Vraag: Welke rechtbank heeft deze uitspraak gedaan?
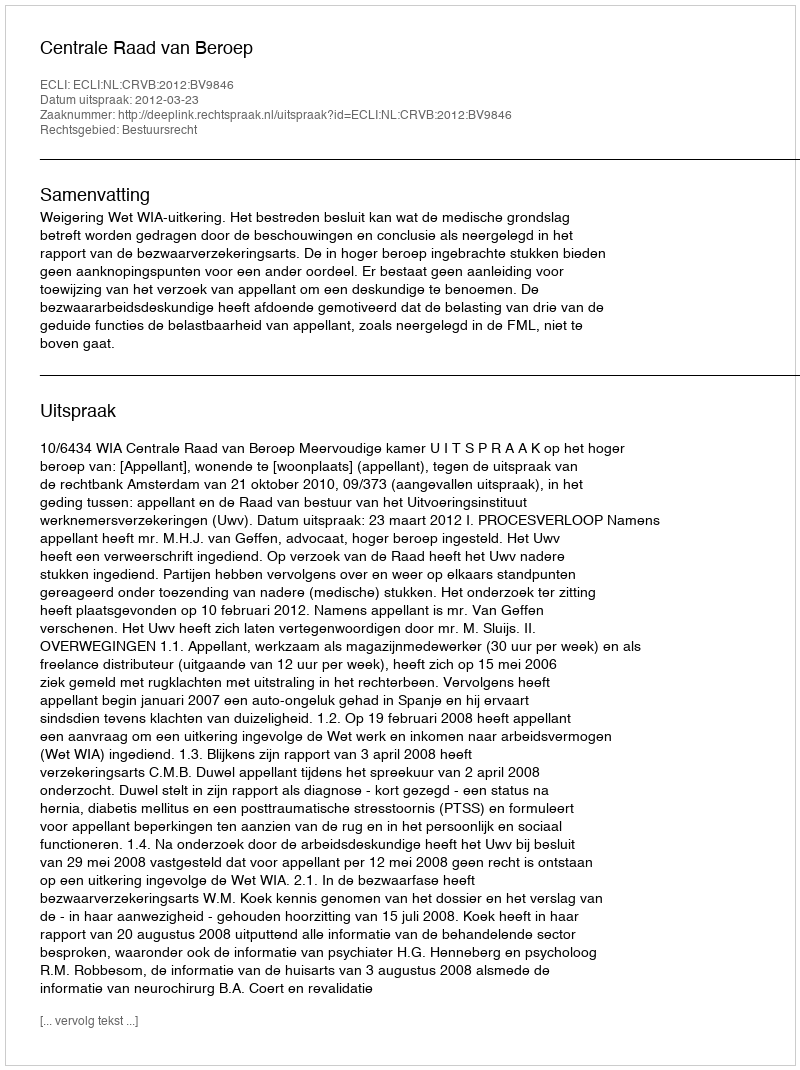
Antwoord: Centrale Raad van Beroep